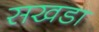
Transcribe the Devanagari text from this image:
सखडा